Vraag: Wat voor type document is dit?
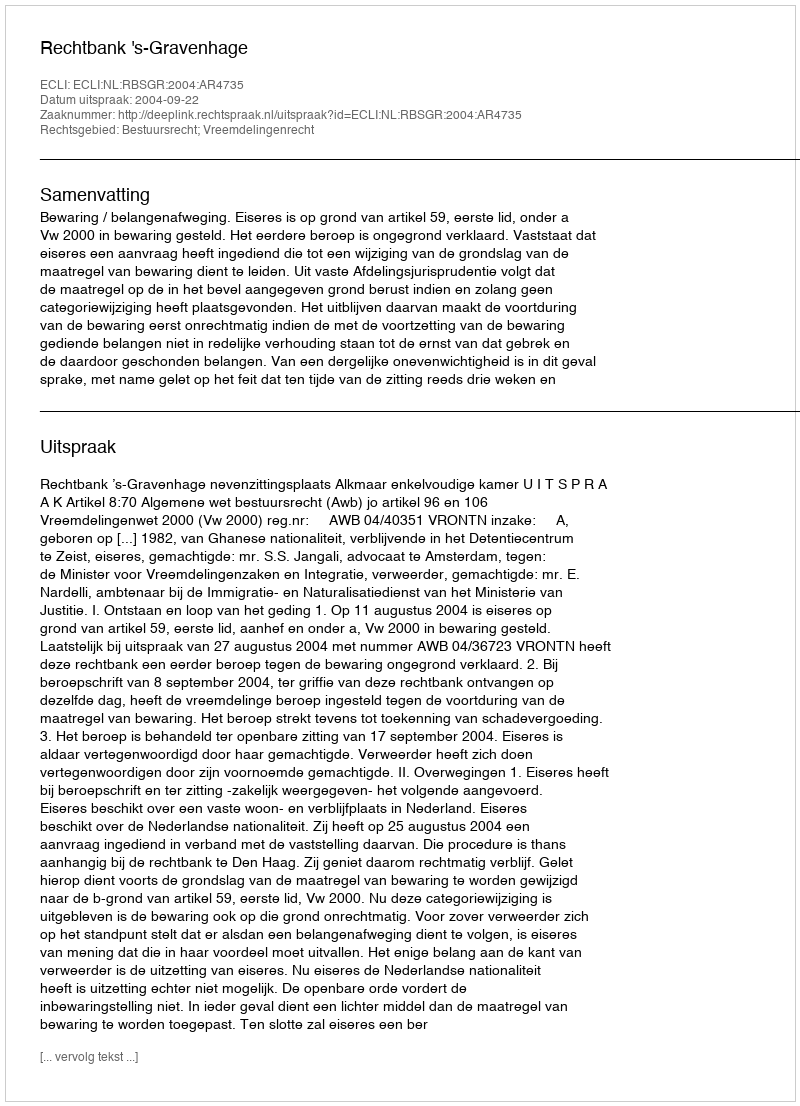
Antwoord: Uitspraak